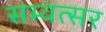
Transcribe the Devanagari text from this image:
सम्वत्सर